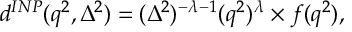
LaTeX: d ^ { I N P } ( q ^ { 2 } , \Delta ^ { 2 } ) = ( \Delta ^ { 2 } ) ^ { - \lambda - 1 } ( q ^ { 2 } ) ^ { \lambda } \times f ( q ^ { 2 } ) ,